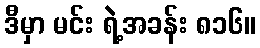
ဒီမှာ မင်း ရဲ့အခန်း ၈၁၆။